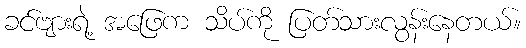
ခင်ဗျားရဲ့ အဖြေက သိပ်ကို ပြတ်သားလွန်းနေတယ်။